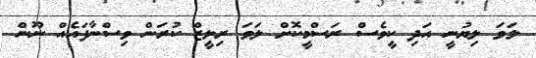
ލަވަ ލިޔުނީ އަދި ކީވެސް ރަސްމީކޮށް ލަވަ ރިލީޒް ކުރަން ވިސްނާފައެއް ނޫން